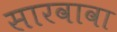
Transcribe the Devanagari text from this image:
सारवावा